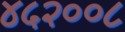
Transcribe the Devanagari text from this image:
४५२००८